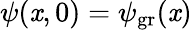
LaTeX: \psi(\mathit{x},0)=\psi_{\mathrm{{gr}}}(\mathit{x})